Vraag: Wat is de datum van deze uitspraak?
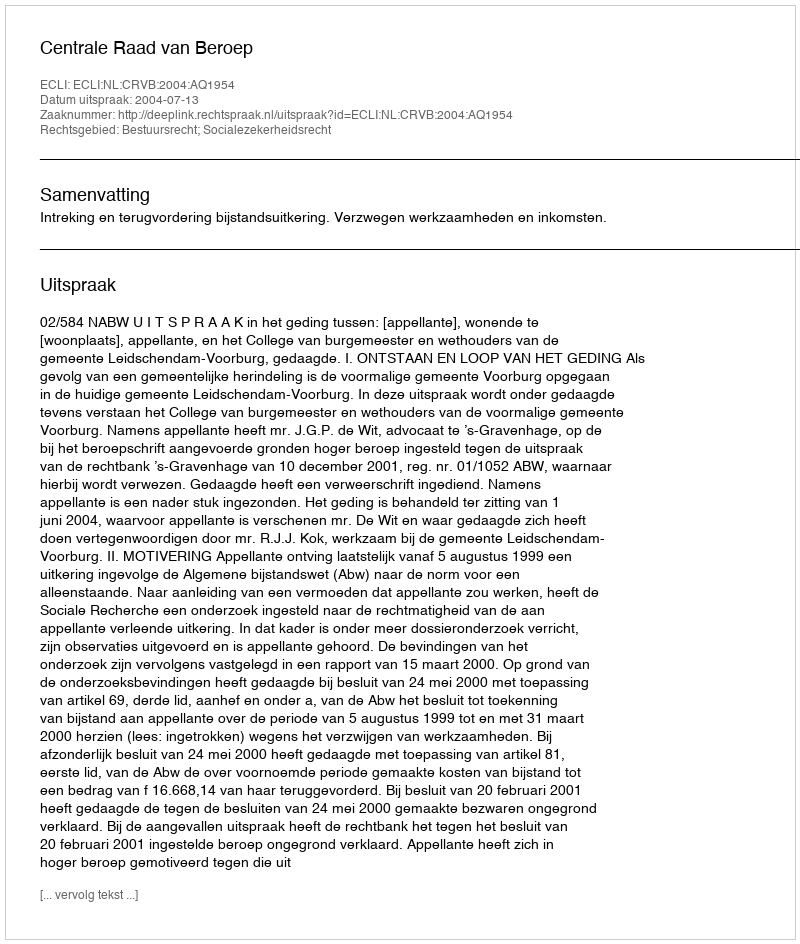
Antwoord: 2004-07-13